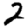
Digit: 2